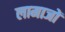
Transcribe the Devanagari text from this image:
लामाजों